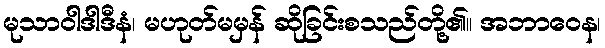
မုသာဝါဒါဒီနံ၊ မဟုတ်မမှန် ဆိုခြင်းစသည်တို့၏။ အဘာဝေန၊